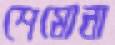
শেমোনা